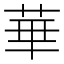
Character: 華